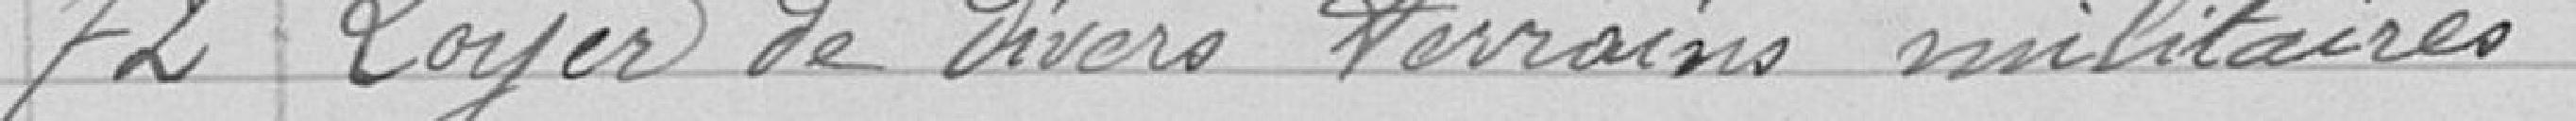
72 Loyer de divers terrains militaire